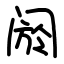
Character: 阏